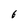
Character: 6